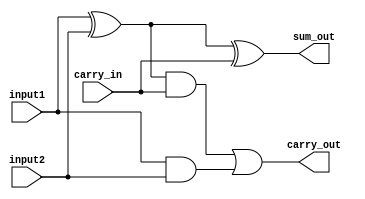
module FullAdder(
    input input1,
    input input2,
	input carry_in,
	output sum_out,
	output carry_out
);

assign sum_out = (input1 ^ input2) ^ carry_in;
assign carry_out = ((input1 ^ input2) && carry_in) | (input1 && input2);

endmodule